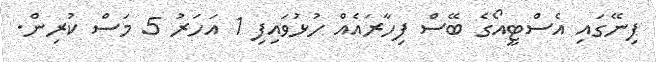
ފިނޭގައި އެސްޓީއޯގެ ބޭސް ފިހާރައެއް ހުޅުވައިފި 1 އަހަރު 5 މަސް ކުރިން.